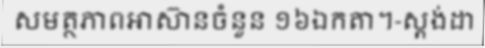
សមត្ថភាពអាស៊ានចំនួន ១៦ឯកតា។-ស្តង់ដា